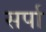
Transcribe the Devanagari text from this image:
सर्पा